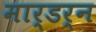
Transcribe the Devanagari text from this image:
मार्डर्न